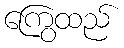
ကြွေထည်